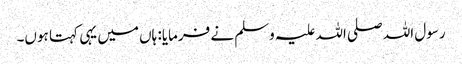
رسول اللہ صلی اللہ علیہ وسلم نے فرمایا: ہاں میں یہی کہتا ہوں۔